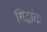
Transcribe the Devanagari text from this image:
सिद्धांतः